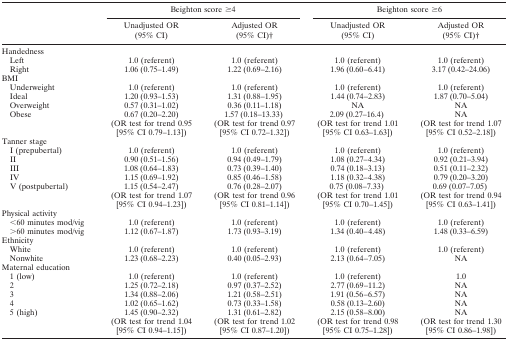
<table><thead><tr><td></td><td colspan="2"><b>Beighton score ≥4</b></td><td colspan="2"><b>Beighton score ≥6</b></td></tr><tr><td></td><td><b>Unadjusted OR (95% CI)</b></td><td><b>Adjusted OR (95% CI)†</b></td><td><b>Unadjusted OR (95% CI)</b></td><td><b>Adjusted OR (95% CI)†</b></td></tr></thead><tbody><tr><td>Handedness</td><td></td><td></td><td></td><td></td></tr><tr><td> Left</td><td>1.0 (referent)</td><td>1.0 (referent)</td><td>1.0 (referent)</td><td>1.0 (referent)</td></tr><tr><td> Right</td><td>1.06 (0.75–1.49)</td><td>1.22 (0.69–2.16)</td><td>1.96 (0.60–6.41)</td><td>3.17 (0.42–24.06)</td></tr><tr><td>BMI</td><td></td><td></td><td></td><td></td></tr><tr><td> Underweight</td><td>1.0 (referent)</td><td>1.0 (referent)</td><td>1.0 (referent)</td><td>1.0 (referent)</td></tr><tr><td> Ideal</td><td>1.20 (0.93–1.53)</td><td>1.31 (0.88–1.95)</td><td>1.44 (0.74–2.83)</td><td>1.87 (0.70–5.04)</td></tr><tr><td> Overweight</td><td>0.57 (0.31–1.02)</td><td>0.36 (0.11–1.18)</td><td>NA</td><td>NA</td></tr><tr><td> Obese</td><td>0.67 (0.20–2.20) (OR test for trend 0.95 [95% CI 0.79–1.13])</td><td>1.57 (0.18–13.33) (OR test for trend 0.97 [95% CI 0.72–1.32])</td><td>2.09 (0.27–16.4) (OR test for trend 1.01 [95% CI 0.63–1.63])</td><td>NA (OR test for trend 1.07 [95% CI 0.52–2.18])</td></tr><tr><td>Tanner stage</td><td></td><td></td><td></td><td></td></tr><tr><td> I (prepubertal)</td><td>1.0 (referent)</td><td>1.0 (referent)</td><td>1.0 (referent)</td><td>1.0 (referent)</td></tr><tr><td> II</td><td>0.90 (0.51–1.56)</td><td>0.94 (0.49–1.79)</td><td>1.08 (0.27–4.34)</td><td>0.92 (0.21–3.94)</td></tr><tr><td> III</td><td>1.08 (0.64–1.83)</td><td>0.73 (0.39–1.40)</td><td>0.74 (0.18–3.13)</td><td>0.51 (0.11–2.32)</td></tr><tr><td> IV</td><td>1.15 (0.69–1.92)</td><td>0.85 (0.46–1.58)</td><td>1.18 (0.32–4.38)</td><td>0.79 (0.20–3.20)</td></tr><tr><td> V (postpubertal)</td><td>1.15 (0.54–2.47) (OR test for trend 1.07 [95% CI 0.94–1.23])</td><td>0.76 (0.28–2.07) (OR test for trend 0.96 [95% CI 0.81–1.14])</td><td>0.75 (0.08–7.33) (OR test for trend 1.01 [95% CI 0.70–1.45])</td><td>0.69 (0.07–7.05) (OR test for trend 0.94 [95% CI 0.63–1.41])</td></tr><tr><td>Physical activity</td><td></td><td></td><td></td><td></td></tr><tr><td> &lt;60 minutes mod/vig</td><td>1.0 (referent)</td><td>1.0 (referent)</td><td>1.0 (referent)</td><td>1.0 (referent)</td></tr><tr><td> &gt;60 minutes mod/vig</td><td>1.12 (0.67–1.87)</td><td>1.73 (0.93–3.19)</td><td>1.34 (0.40–4.48)</td><td>1.48 (0.33–6.59)</td></tr><tr><td>Ethnicity</td><td></td><td></td><td></td><td></td></tr><tr><td> White</td><td>1.0 (referent)</td><td>1.0 (referent)</td><td>1.0 (referent)</td><td>1.0 (referent)</td></tr><tr><td> Nonwhite</td><td>1.23 (0.68–2.23)</td><td>0.40 (0.05–2.93)</td><td>2.13 (0.64–7.05)</td><td>NA</td></tr><tr><td>Maternal education</td><td></td><td></td><td></td><td></td></tr><tr><td> 1 (low)</td><td>1.0 (referent)</td><td>1.0 (referent)</td><td>1.0 (referent)</td><td>1.0</td></tr><tr><td> 2</td><td>1.25 (0.72–2.18)</td><td>0.97 (0.37–2.52)</td><td>2.77 (0.69–11.2)</td><td>NA</td></tr><tr><td> 3</td><td>1.34 (0.88–2.06)</td><td>1.21 (0.58–2.51)</td><td>1.91 (0.56–6.57)</td><td>NA</td></tr><tr><td> 4</td><td>1.02 (0.65–1.62)</td><td>0.73 (0.33–1.58)</td><td>0.58 (0.13–2.60)</td><td>NA</td></tr><tr><td> 5 (high)</td><td>1.45 (0.90–2.32) (OR test for trend 1.04 [95% CI 0.94–1.15])</td><td>1.31 (0.61–2.82) (OR test for trend 1.02 [95% CI 0.87–1.20])</td><td>2.15 (0.58–8.00) (OR test for trend 0.98 [95% CI 0.75–1.28])</td><td>NA (OR test for trend 1.30 [95% CI 0.86–1.98])</td></tr></tbody></table>